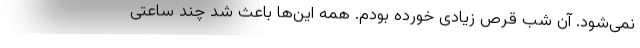
نمی‌شود. آن شب قرص زیادی خورده بودم. همه این‌ها باعث شد چند ساعتی